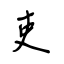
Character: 吏